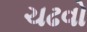
ચઢવો